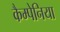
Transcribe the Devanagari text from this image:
कैम्पेनिया